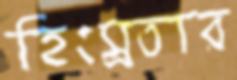
হিংস্রতার